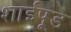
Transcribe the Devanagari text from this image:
शाईपूड